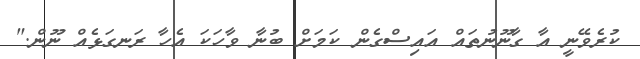
ކުރެވޭނީ އާ ގާނޫނުތައް އައިސްގެން ކަމަށް ބުނާ ވާހަކަ އެހާ ރަނގަޅެއް ނޫން."